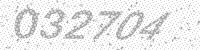
Solution: 032704